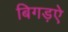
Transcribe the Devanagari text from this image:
बिगड़ऐ